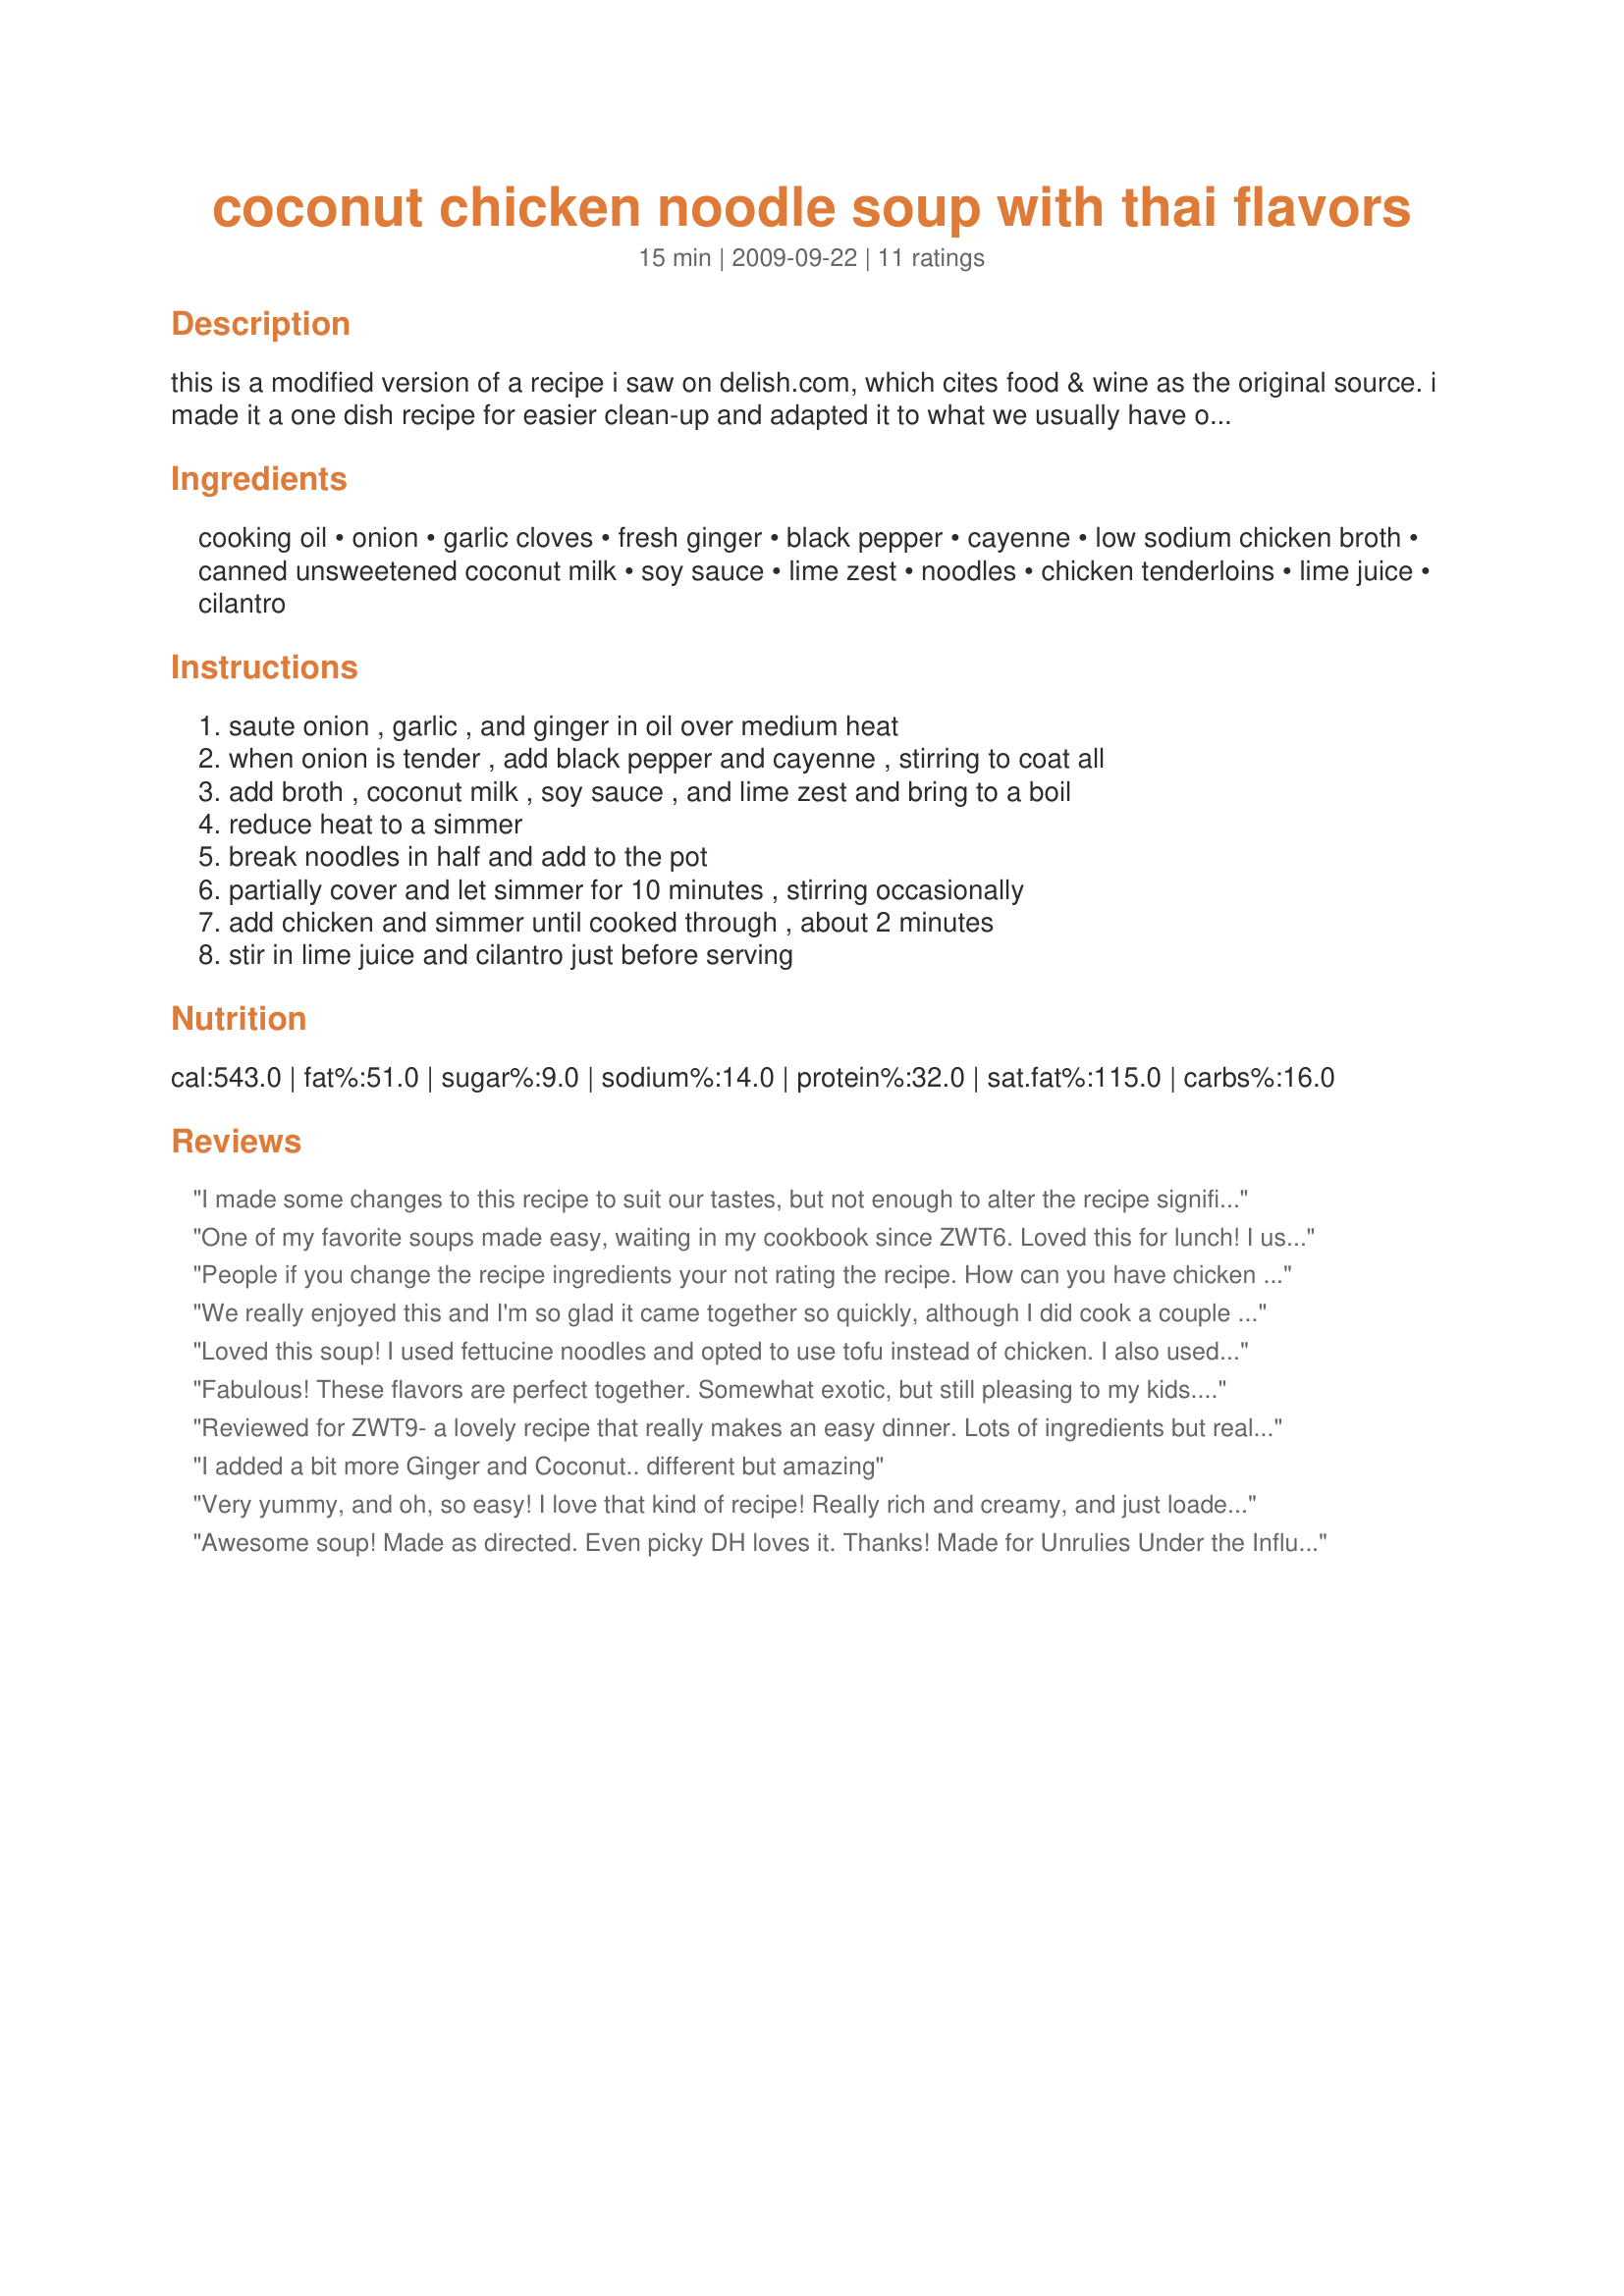
coconut chicken noodle soup with thai flavors
Preparation time: 15 minutes

this is a modified version of a recipe i saw on delish.com, which cites food & wine as the original source. i made it a one dish recipe for easier clean-up and adapted it to what we usually have on hand. i like to use noodles i pick up at the local asian market, but the original recipe called for egg fettucine, so you could easily sub that in if you can't find them. if you do use the fettucine, you will want to cook in a separate pot for 12 minutes and add them with the lime juice and cilantro at the end.

Ingredients:
cooking oil, onion, garlic cloves, fresh ginger, black pepper, cayenne, low sodium chicken broth, canned unsweetened coconut milk, soy sauce, lime zest, noodles, chicken tenderloins, lime juice, cilantro

Steps:
saute onion , garlic , and ginger in oil over medium heat, when onion is tender , add black pepper and cayenne , stirring to coat all, add broth , coconut milk , soy sauce , and lime zest and bring to a boil, reduce heat to a simmer, break noodles in half and add to the pot, partially cover and let simmer for 10 minutes , stirring occasionally, add chicken and simmer until cooked through , about 2 minutes, stir in lime juice and cilantro just before serving

Reviews:
I made some changes to this recipe to suit our tastes, but not enough to alter the recipe significantly I think. Regardless we love this soup. My 15 year old daughter asked me if I could make another potful right away she liked it so much. So I used 1 can of coconut milk, no oil, 1/2 Tblsp of dried ginger, 1 kaffir lime leaf and no zest or juice, and 1 tsp of red curry paste not cayenne and I forgot the cilantro and I left out the chicken. This soup tastes amazing and is almost exactly like a Thai soup we get in a local restaurant we love. This was so simple to make too. Thank you so much for this recipe.
One of my favorite soups made easy, waiting in my cookbook since ZWT6. Loved this for lunch! I used fish sauce instead of soy and rice noodles to be gluten free. Will make this again! Thanks for posting. Made for Ramadan Tag 2010.
People if you change the recipe ingredients your not rating the recipe. How can you have chicken soup without chicken? Dried ingredients have different flavor then fresh and halving ingredients definitely change the recipe.
We really enjoyed this and I'm so glad it came together so quickly, although I did cook a couple of minutes longer than stated to make sure the chicken was cooked through. My kids really liked that it was so much noodle to broth, and we all thought it tasted great. Thanks.
Loved this soup! I used fettucine noodles and opted to use tofu instead of chicken. I also used light coconut milk. Warm and comforting.
Fabulous! These flavors are perfect together. Somewhat exotic, but still pleasing to my kids. I made this exactly as written using light coconut milk. I'm so glad to have found this recipe.... thanx!
Reviewed for ZWT9- a lovely recipe that really makes an easy dinner. Lots of ingredients but really comes together quickly. I made using dried wide flat rice noodles and gf soy sauce to make this recipe gluten-free suitable. The fresh coriander leaves and lime juice were a great addition before serving.
I added a bit more Ginger and Coconut.. different but amazing
Very yummy, and oh, so easy! I love that kind of recipe! Really rich and creamy, and just loaded with noodles, definitely a meal in a bowl. I made a couple of changes, but I think I stayed true to the spirit of the recipe. I replaced the ginger with lemongrass, used rice stick noodles, and added a teaspoon or so of fish sauce. I also used leftover roasted chicken, and just added it to the last couple minutes of simmering to heat through. Really good, and a recipe that I will make again. Made for ZWT6.
Awesome soup! Made as directed. Even picky DH loves it. Thanks! Made for Unrulies Under the Influence, ZWT6.
Made this tonight for tomorrow's lunch. This is a very flavourful soup -- and very Thai-like. I used about half the amount noodles that was called for, and thought that was plenty. I added the chicken at step 5 because I didn't think it would fully cook in the 2 minutes noted in step 6. People who like heat could easily add more cayenne or some chili. Thanks for posting.
